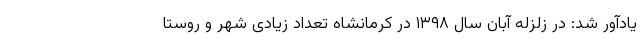
یادآور شد: در زلزله آبان سال ۱۳۹۸ در کرمانشاه تعداد زیادی شهر و روستا